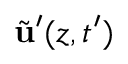
\tilde { \mathbf { u } } ^ { \prime } ( z , t ^ { \prime } )